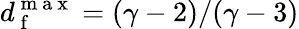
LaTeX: d_{\mathrm{~f~}}^{\mathrm{~m~a~x~}}=(\gamma-2)/(\gamma-3)